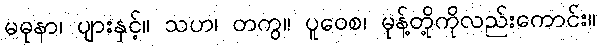
မဓုနာ၊ ပျားနှင့်။ သဟ၊ တကွ။ ပူဝေစ၊ မုန့်တို့ကိုလည်းကောင်း။